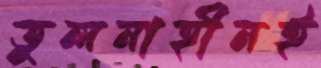
তুলনাহীনই